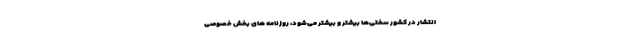
انتشار در کشور سختی‌ها بیشتر و بیشتر می‌شود، روزنامه های بخش خصوصی